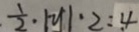
\frac { 1 } { 2 } \cdot \vert y \vert \cdot 2 = 4